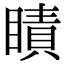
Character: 瞔